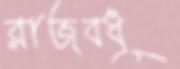
রাজবধূ